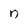
Character: n